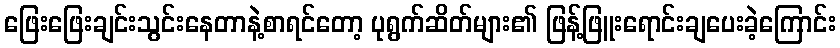
ဖြေးဖြေးချင်းသွင်းနေတာနဲ့စာရင်တော့ ပုရွက်ဆိတ်များ၏ ဖြန့်ဖြူးရောင်းချပေးခဲ့ကြောင်း